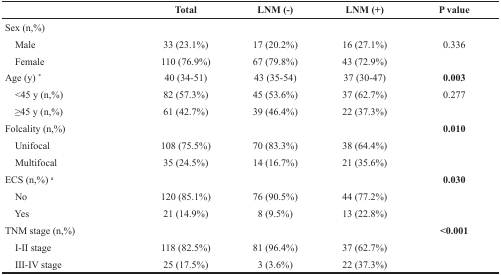
<table><thead><tr><td></td><td><b>Total</b></td><td><b>LNM (-)</b></td><td><b>LNM (+)</b></td><td><b>P value</b></td></tr></thead><tbody><tr><td>Sex (n,%)</td><td></td><td></td><td></td><td></td></tr><tr><td> Male</td><td>33 (23.1%)</td><td>17 (20.2%)</td><td>16 (27.1%)</td><td>0.336</td></tr><tr><td> Female</td><td>110 (76.9%)</td><td>67 (79.8%)</td><td>43 (72.9%)</td><td></td></tr><tr><td>Age (y) <sup>*</sup></td><td>40 (34-51)</td><td>43 (35-54)</td><td>37 (30-47)</td><td><b>0.003</b></td></tr><tr><td> &lt;45 y (n,%)</td><td>82 (57.3%)</td><td>45 (53.6%)</td><td>37 (62.7%)</td><td>0.277</td></tr><tr><td> ≥45 y (n,%)</td><td>61 (42.7%)</td><td>39 (46.4%)</td><td>22 (37.3%)</td><td></td></tr><tr><td>Folcality (n,%)</td><td></td><td></td><td></td><td><b>0.010</b></td></tr><tr><td> Unifocal</td><td>108 (75.5%)</td><td>70 (83.3%)</td><td>38 (64.4%)</td><td></td></tr><tr><td> Multifocal</td><td>35 (24.5%)</td><td>14 (16.7%)</td><td>21 (35.6%)</td><td></td></tr><tr><td>ECS (n,%) <sup>a</sup></td><td></td><td></td><td></td><td><b>0.030</b></td></tr><tr><td> No</td><td>120 (85.1%)</td><td>76 (90.5%)</td><td>44 (77.2%)</td><td></td></tr><tr><td> Yes</td><td>21 (14.9%)</td><td>8 (9.5%)</td><td>13 (22.8%)</td><td></td></tr><tr><td>TNM stage (n,%)</td><td></td><td></td><td></td><td><b>&lt;0.001</b></td></tr><tr><td> I-II stage</td><td>118 (82.5%)</td><td>81 (96.4%)</td><td>37 (62.7%)</td><td></td></tr><tr><td> III-IV stage</td><td>25 (17.5%)</td><td>3 (3.6%)</td><td>22 (37.3%)</td><td></td></tr></tbody></table>